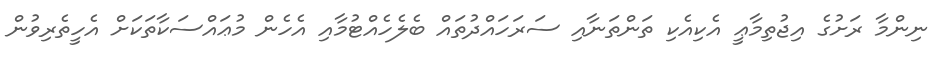
ނިންމާ ރަށުގެ އިޖުތިމާޢީ އެކިއެކި ތަންތަނާއި ސަރަހައްދުތައް ބެލެހެއްޓުމާއި އެހެން މުޢައްސަކާތަކަށް އެހީތެރިވުން